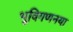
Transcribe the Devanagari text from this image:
भूविगणनया